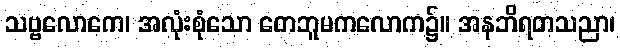
သဗ္ဗလောကေ၊ အလုံးစုံသော တေဘူမကလောက၌။ အနဘိရတသညာ၊